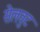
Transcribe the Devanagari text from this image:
सेलवुट